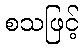
စသဖြင့်